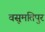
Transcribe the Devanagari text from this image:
वसुमतिपुर